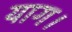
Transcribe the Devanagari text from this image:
याग।